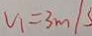
v _ { 1 } = 3 m / s